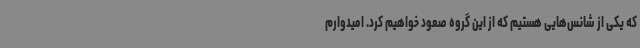
که یکی از شانس‌هایی هستیم که از این گروه صعود خواهیم کرد. امیدوارم